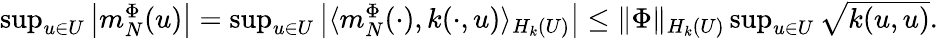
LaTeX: \begin{array}{r}{\operatorname*{sup}_{u\in U}\left|m_{N}^{\Phi}(u)\right|=\operatorname*{sup}_{u\in U}\left|\langle m_{N}^{\Phi}(\cdot),k(\cdot,u)\rangle_{H_{k}(U)}\right|\leq\| \Phi\| _{H_{k}(U)}\operatorname*{sup}_{u\in U}\sqrt{k(u,u)}.}\end{array}